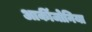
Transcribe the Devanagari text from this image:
आर्कीजोनिया